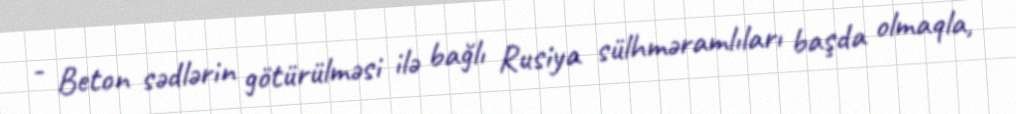
- Beton sədlərin götürülməsi ilə bağlı Rusiya sülhməramlıları başda olmaqla,